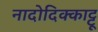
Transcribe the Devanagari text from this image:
नादोदिक्काट्टू